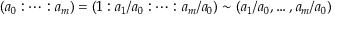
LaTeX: ( a _ { 0 } : \dots : a _ { m } ) = ( 1 : a _ { 1 } / a _ { 0 } : \dots : a _ { m } / a _ { 0 } ) \sim ( a _ { 1 } / a _ { 0 } , \dots , a _ { m } / a _ { 0 } )